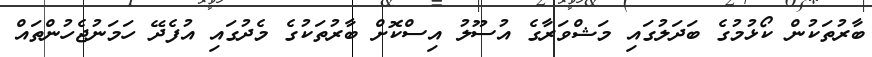
ބާރުތަކުން ކޯޅުމުގެ ބަދަލުގައި މަޝްވަރާގެ އުސޫލު އިސްކޮށް ބާރުތަކުގެ މެދުގައި އުފެދޭ ހަމަނުޖެހުންތައް